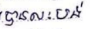
បានលះបង់